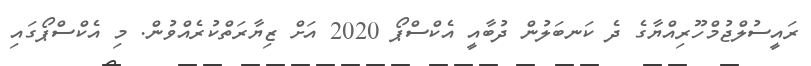
ރައީސުލްޖުމްހޫރިއްޔާގެ ދެ ކަނބަލުން ދުބާއީ އެކްސްޕޯ 2020 އަށް ޒިޔާރަތްކުރެއްވުން. މި އެކްސްޕޯގައި